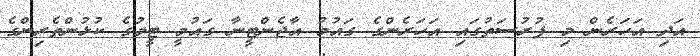
އަދި އަހަރެން މި ފުރުސަތުގައި އަހަރެންގެ ގައުމު އާޖެންޓީނާ ގައުމީ ޓީމުގެ ކުޅުންތެރިންގެ